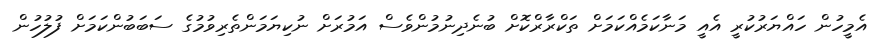
އެމީހުން ހައްޔަރުކުރީ އެއީ މަނާކަމެއްކަމަށް ތަކްރާރްކޮށް ބުނެދިނުމުންވެސް އަމުރަށް ނުކިޔަމަންތެރިވުމުގެ ސަބަބުންކަމަށް ފުލުހުން